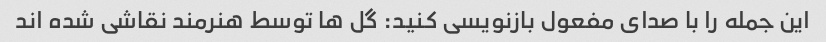
این جمله را با صدای مفعول بازنویسی کنید: گل ها توسط هنرمند نقاشی شده اند